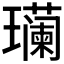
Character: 𮴹